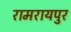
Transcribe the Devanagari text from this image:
रामरायपुर